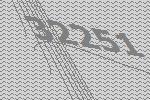
32251